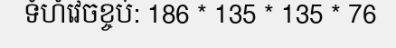
ទំហំវេចខ្ចប់: 186 * 135 * 135 * 76